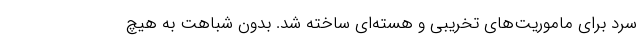
سرد برای ماموریت‌های تخریبی و هسته‌ای ساخته شد. بدون شباهت به هیچ